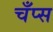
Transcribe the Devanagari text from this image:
चँप्स